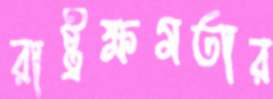
রাষ্ট্রক্ষমতার